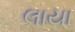
લાયા